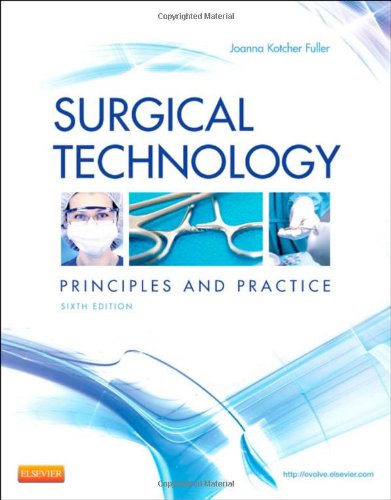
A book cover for Surgical Technology: Principles and Practice, 6e; Joanna Kotcher Fuller BA  BSN  RN  RGN  MPH; Medical Books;